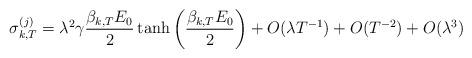
LaTeX: \begin{align*}\sigma^{(j)}_{k,T} &= \lambda^2 \gamma \frac{\beta_{k,T} E_0}{2} \tanh \left( \frac{\beta_{k,T} E_0}{2} \right) + O(\lambda T^{-1}) + O(T^{-2}) + O(\lambda^3)\end{align*}